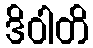
ဒိဝါတိ